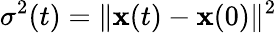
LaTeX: \sigma^{2}(t)=\lVert\textbf{x}(t)-\textbf{x}(0)\rVert^{2}